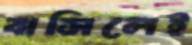
বাসিলেই